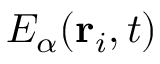
E _ { \alpha } ( { \bf r } _ { i } , t )